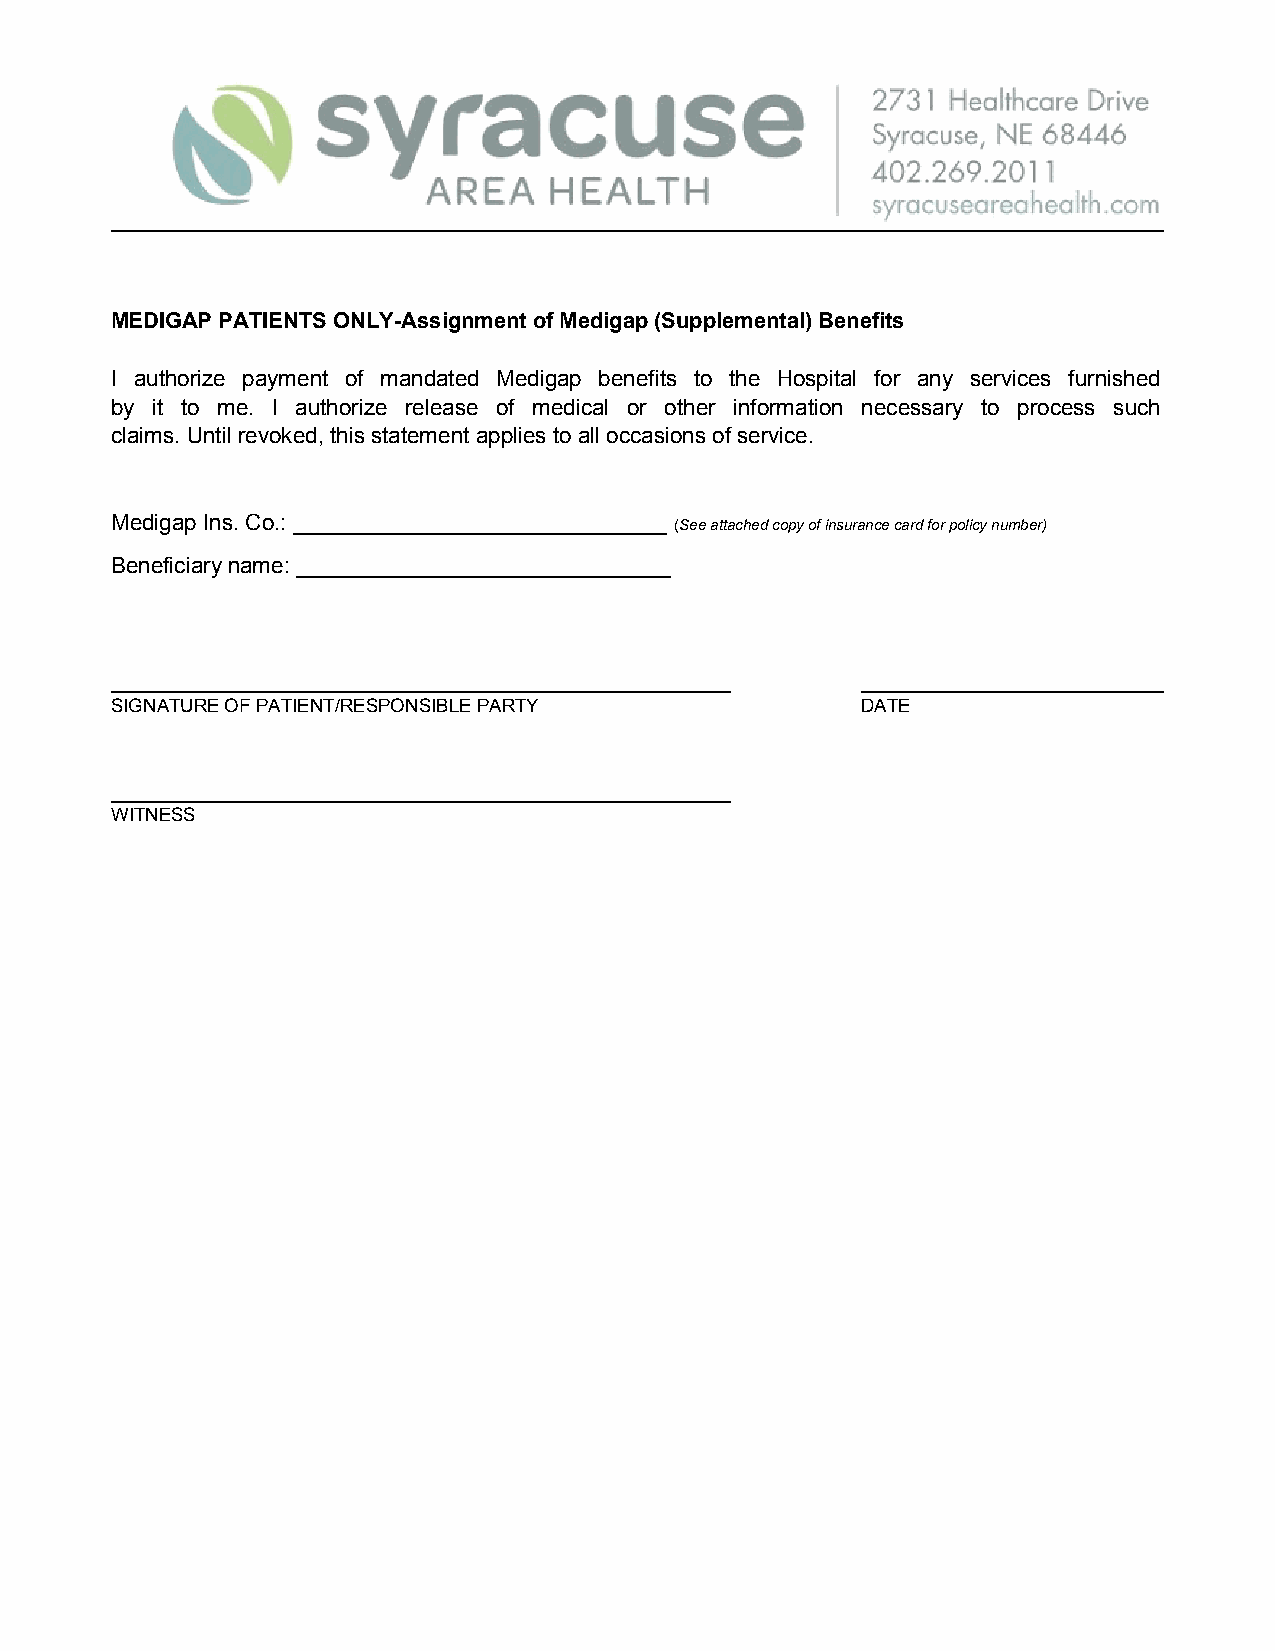
MEDIGAP PATIENTS ONLY-Assignment of Medigap (Supplemental) Benefits
 I authorize payment of mandated Medigap benefits to the Hospital for any services furnished
 by it to me. I authorize release of medical or other information necessary to process such
 claims. Until revoked, this statement applies to all occasions of service.
 Medigap Ins. Co.: ______________________________ (See attached copy of insurance card for policy number)
 Beneficiary name: ______________________________
 SIGNATURE OF PATIENT/RESPONSIBLE PARTY            DATE
 WITNESS